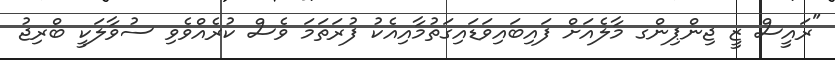
"ރައީސް ޒީ ޖިންޕިންގ މާލެއަށް ފައިބައިވަޑައިގަތުމާއިއެކު ފުރަތަމަ ވެސް ކުރެއްވެވި ސުވާލަކީ ބްރިޖު